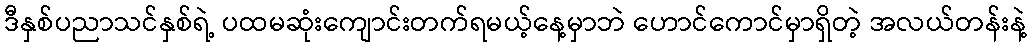
ဒီနှစ်ပညာသင်နှစ်ရဲ့ ပထမဆုံးကျောင်းတက်ရမယ့်နေ့မှာဘဲ ဟောင်ကောင်မှာရှိတဲ့ အလယ်တန်းနဲ့